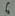
Text: 6